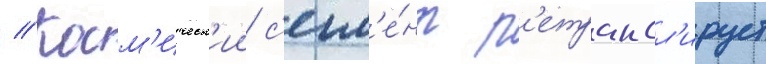
// Косм'ическ'ии с'егм'е́нт р'етрансл'ирует